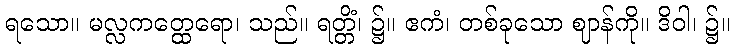
ရသော။ မလ္လကတ္ထေရော၊ သည်။ ရတ္တိံ၊ ၌။ ဧကံ၊ တစ်ခုသော ဈာန်ကို။ ဒိဝါ၊ ၌။